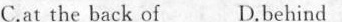
C.at the back of D.behind